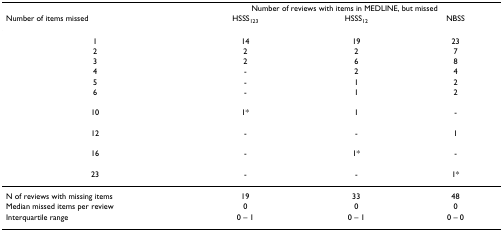
|  | <COLSPAN=3> Number of reviews with items in MEDLINE, but missed |
 | Number of items missed | HSSS123 | HSSS12 | NBSS |
 | --- | --- | --- | --- |
 | 1 | 14 | 19 | 23 |
 | 2 | 2 | 2 | 7 |
 | 3 | 2 | 6 | 8 |
 | 4 | - | 2 | 4 |
 | 5 | - | 1 | 2 |
 | 6 | - | 1 | 2 |
 | 10 | 1* | 1 | - |
 | 12 | - | - | 1 |
 | 16 | - | 1* | - |
 | 23 | - | - | 1* |
 | N of reviews with missing items | 19 | 33 | 48 |
 | Median missed items per review | 0 | 0 | 0 |
 | Interquartile range | 0 – 1 | 0 – 1 | 0 – 0 |